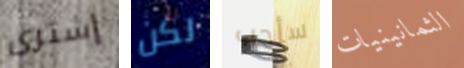
إشترى لكن سأحب الثمانينيات